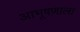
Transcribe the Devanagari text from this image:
आभूषणाला